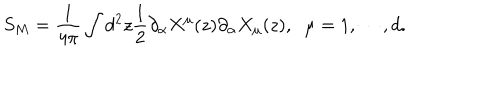
S _ { M } = \frac { 1 } { 4 \pi } \int d ^ { 2 } z \frac { 1 } { 2 } \partial _ { \alpha } X ^ { \mu } ( z ) \partial _ { \alpha } X _ { \mu } ( z ) , \; \; \mu = 1 , \cdots , d .